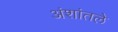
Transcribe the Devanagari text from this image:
अंशांतले